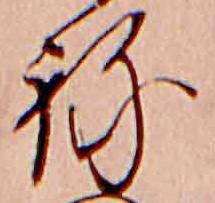
ね